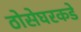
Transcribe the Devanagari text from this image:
ठोसेघरकडे